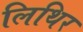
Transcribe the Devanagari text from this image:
लिथिर